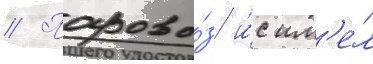
// Парово́з и́с им'е́л